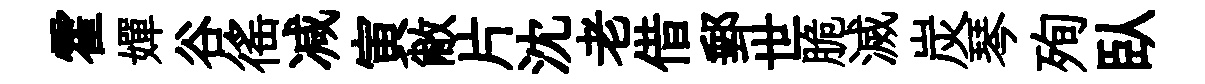
霍嬋谷徭减寅敝片沈老借郵世脆滅炭琴殉臥